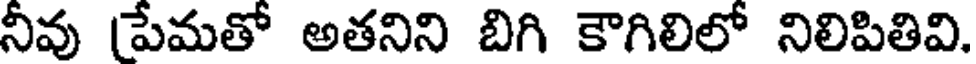
నీవు (పేమతో అతనిని బిగి కౌగిలిలో నిలిపితివి.